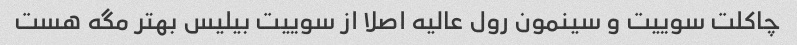
چاکلت سوییت و سینمون رول عالیه اصلا از سوییت بیلیس بهتر مگه هست